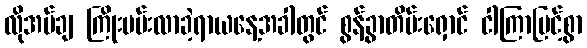
လိုအပ်ချ ကြိုးပမ်းလာခဲ့ရာယနေ့အခါတွင် စွန့်ခွာတိမ်းရှောင် ငါကြာမြင့်စွာ